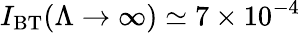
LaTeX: I_{\mathrm{BT}}(\Lambda\to\infty)\simeq 7\times 10^{-4}